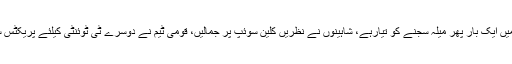
قذافی اسٹیڈیم میں ایک بار پھر میلہ سجنے کو تیارہے، شاہینوں نے نظریں کلین سوئپ پر جمالیں، قومی ٹیم نے دوسرے ٹی ٹوئنٹی کیلئے پریکٹس سے گریز کیا۔